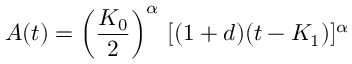
A ( t ) = \left( \frac { { \cal { K } } _ { 0 } } { 2 } \right) ^ { \alpha } \, [ ( 1 + d ) ( t - { \cal { K } } _ { 1 } ) ] ^ { \alpha }